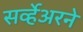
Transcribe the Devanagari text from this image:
सर्व्हेअरने